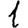
Digit: 1